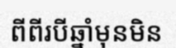
ពីពីរបីឆ្នាំមុនមិន